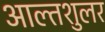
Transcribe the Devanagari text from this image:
आल्तशुलर